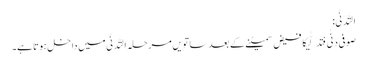
اَلتَّدَنِّی:
صوفی دَنٰی فَتَدَلّٰیکا فیض سمیٹنے کے بعد ساتویں مرحلہ اَلتَّدَنِّی میں داخل ہوتا ہے۔